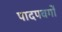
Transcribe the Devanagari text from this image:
पादपवर्गो